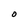
Character: O